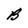
Character: B